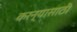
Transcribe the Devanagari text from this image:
करन्यासाठी